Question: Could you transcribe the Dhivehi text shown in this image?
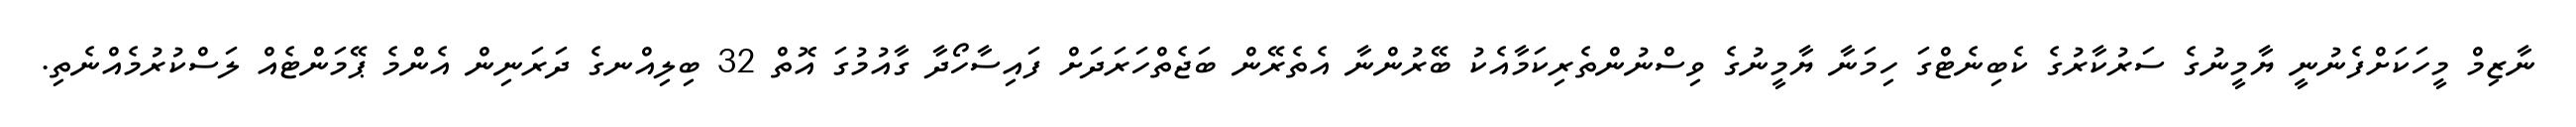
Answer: ނާޒިމް މީހަކަށްފެނުނީ ޔާމީނުގެ ސަރުކާރުގެ ކެބިނެޓްގަ ހިމަނާ ޔާމީނުގެ ވިސްނުންތެރިކަމާއެކު ބޭރުންނާ އެތެރޭން ބަޖެތްހަރަދަށް ފައިސާހޯދާ ގާއުމުގަ އޮތް 32 ބިލިއްނގެ ދަރަނިން އެންމެ ޕޭމަންޓެއް ލަސްކުރުމެއްނެތި.